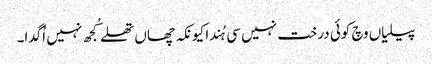
پیلیاں وچ کوئی درخت نہیں سی ہُندا کیونکہ چھاں تھلے کُجھ نہیں اُگدا۔